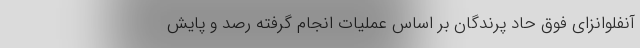
آنفلوانزای فوق حاد پرندگان بر اساس عملیات انجام گرفته رصد و پایش